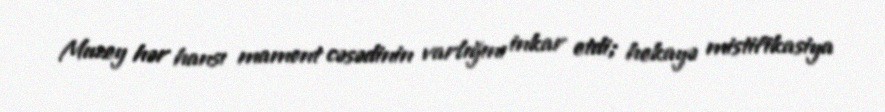
Muzey hər hansı mamont cəsədinin varlığını inkar etdi; hekayə mistifikasiya